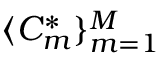
\langle C _ { m } ^ { * } \} _ { m = 1 } ^ { M }